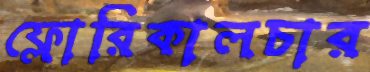
ফ্লোরিকালচার